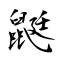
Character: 鼮